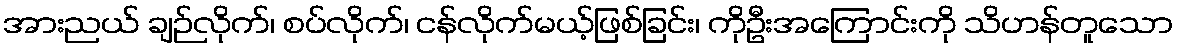
အားညယ် ချဉ်လိုက်၊ စပ်လိုက်၊ ငန်လိုက်မယ့်ဖြစ်ခြင်း၊ ကိုဦးအကြောင်းကို သိဟန်တူသော